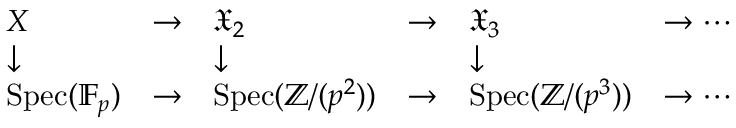
{ \begin{array} { l l l l l l } { X } & { \to } & { { \mathfrak { X } } _ { 2 } } & { \to } & { { \mathfrak { X } } _ { 3 } } & { \to \cdots } \\ { \downarrow } & & { \downarrow } & & { \downarrow } & \\ { \operatorname { S p e c } ( \mathbb { F } _ { p } ) } & { \to } & { \operatorname { S p e c } ( \mathbb { Z } / ( p ^ { 2 } ) ) } & { \to } & { \operatorname { S p e c } ( \mathbb { Z } / ( p ^ { 3 } ) ) } & { \to \cdots } \end{array} }